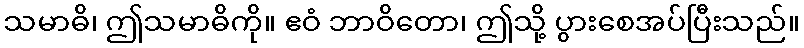
သမာဓိ၊ ဤသမာဓိကို။ ဧဝံ ဘာဝိတော၊ ဤသို့ ပွားစေအပ်ပြီးသည်။